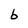
Character: b